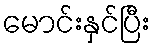
မောင်းနှင်ပြီး